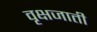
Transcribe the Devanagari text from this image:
वृक्षजाती